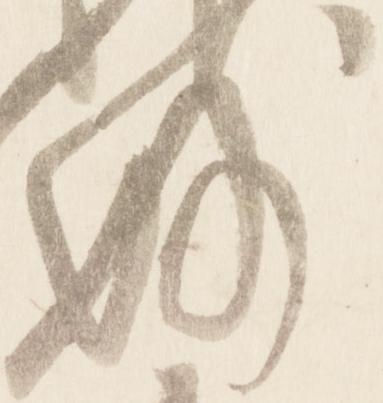
妙